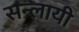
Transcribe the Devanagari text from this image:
सन्लायी